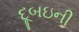
દૂબઇની